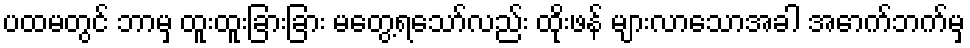
ပထမတွင် ဘာမှ ထူးထူးခြားခြား မတွေ့ရသော်လည်း ထိုးဖန် များလာသောအခါ အောက်ဘက်မှ